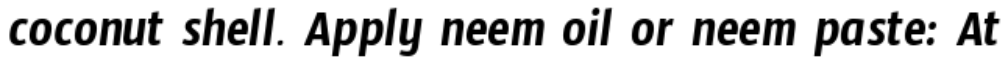
coconut shell. Apply neem oil or neem paste: At